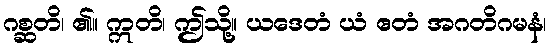
ဂစ္ဆတိ၊ ၏။ ဣတိ၊ ဤသို့။ ယဒေတံ ယံ ဧတံ အဂတိဂမနံ၊